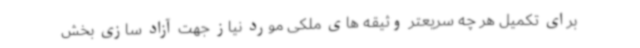
برای تکمیل هر چه سریعتر وثیقه های ملکی مورد نیاز جهت آزاد سازی بخش